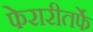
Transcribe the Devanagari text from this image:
फेरारीतर्फे